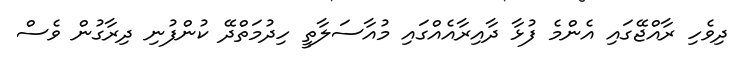
ދިވެހި ރާއްޖޭގައި އެންމެ ފުޅާ ދާއިރާއެއްގައި މުއާސަލާތީ ހިދުމަތްދޭ ކުންފުނި ދިރާގުން ވެސް